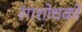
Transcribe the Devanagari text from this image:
रंगशोधकों